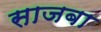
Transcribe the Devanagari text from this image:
साजबा